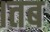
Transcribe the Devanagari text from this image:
।तब